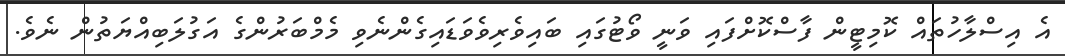
އެ އިސްލާހުތައް ކޮމިޓީން ފާސްކޮށްފައި ވަނީ ވޯޓުގައި ބައިވެރިވެވަޑައިގެންނެވި މެމްބަރުންގެ އަގުލަބިއްޔަތުން ނެވެ.